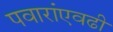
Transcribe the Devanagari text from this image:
पवारांएवढी